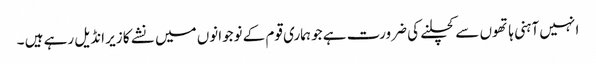
ا نہیں آہنی ہاتھوں سے کچلنے کی ضرورت ہے جو ہماری قوم کے نوجوانوں میں نشے کا زیر انڈیل رہے ہیں ۔